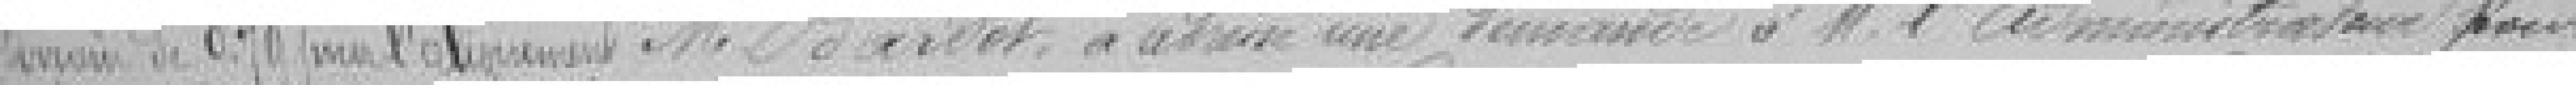
terrain de 0,79 pour l'alignement monsieur Bardot a adressé une demande à monsieur d'administrateur pour